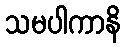
သမပါကာနိ